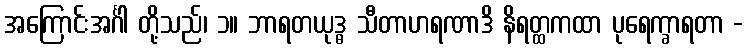
အကြောင်းအင်္ဂါ တို့သည်၊ ၁။ ဘာရတယုဒ္ဓ သီတာဟရဏာဒိ နိရတ္ထကထာ ပုရေက္ခာရတာ -